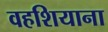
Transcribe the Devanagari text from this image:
वहशियाना